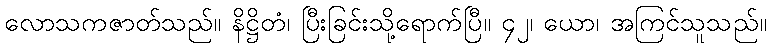
လောသကဇာတ်သည်။ နိဋ္ဌိတံ၊ ပြီးခြင်းသို့ရောက်ပြီ။ ၄၂၊ ယော၊ အကြင်သူသည်။